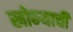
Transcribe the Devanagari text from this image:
खोब्ऱ्याची